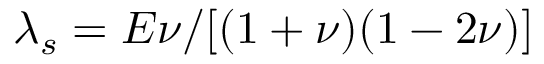
\lambda _ { s } = E \nu / [ ( 1 + \nu ) ( 1 - 2 \nu ) ]